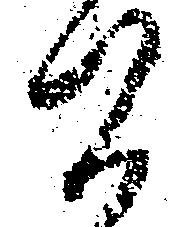
間